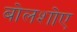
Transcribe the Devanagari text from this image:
बोलशोए